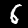
Digit: 6